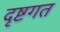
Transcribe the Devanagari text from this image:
दृष्टगत